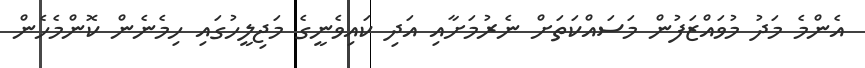
އެންމެ މަދު މުވައްޒަފުން މަސައްކަތަށް ނެރުމަށާއި އަދި ކައިވެނީގެ މަޖިލީހުގައި ހިމެނެން ކޮންމެހެން